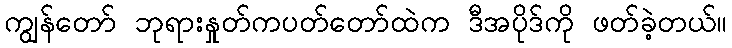
ကျွန်တော် ဘုရားနှုတ်ကပတ်တော်ထဲက ဒီအပိုဒ်ကို ဖတ်ခဲ့တယ်။